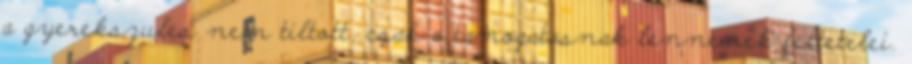
a gyerekszules nem tiltott, csak a tamogatasnak lennenek feltetelei.